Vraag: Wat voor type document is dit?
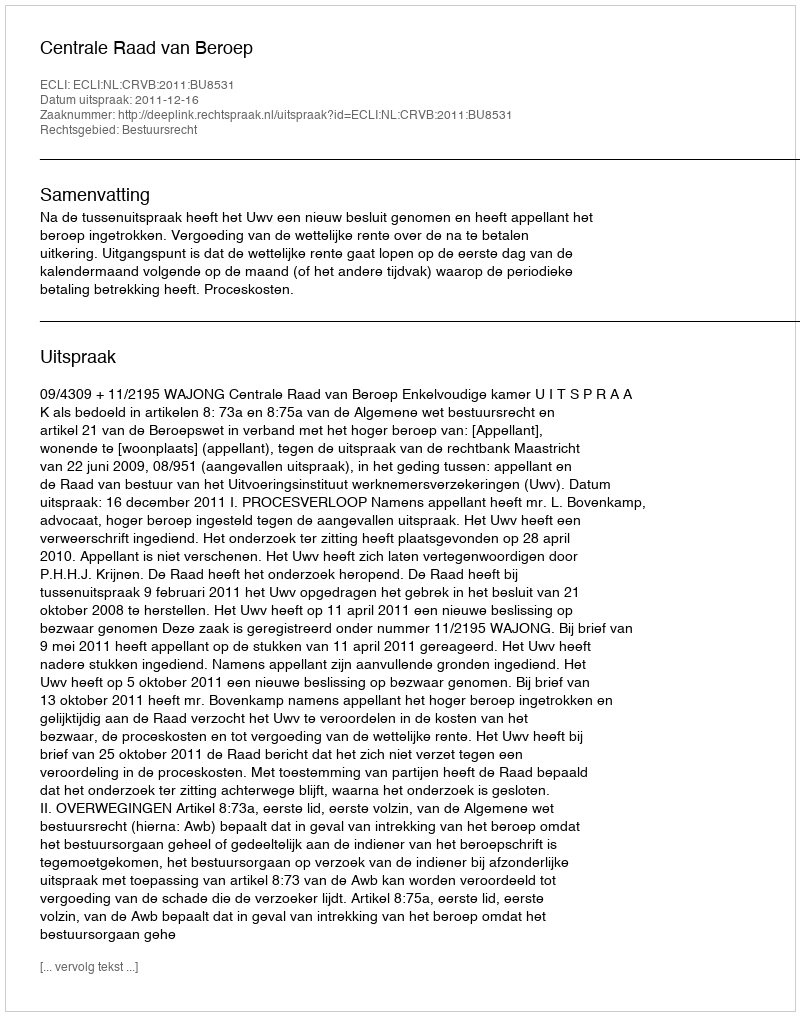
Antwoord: Uitspraak